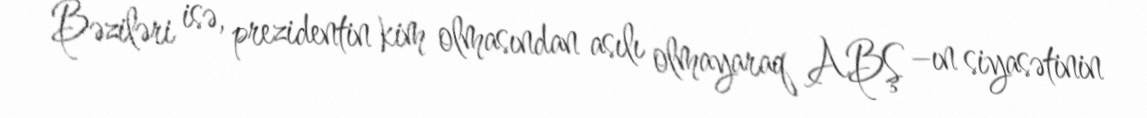
Bəziləri isə, prezidentin kim olmasından asılı olmayaraq ABŞ –ın siyasətinin